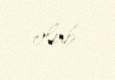
olub.